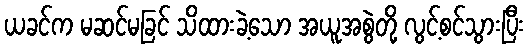
ယခင်က မဆင်မခြင် သိထားခဲ့သော အယူအစွဲတို့ လွင့်စင်သွားပြီး